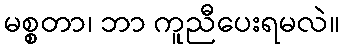
မစ္စတာ၊ ဘာ ကူညီပေးရမလဲ။